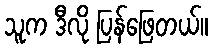
သူက ဒီလို ပြန်ဖြေတယ်။